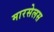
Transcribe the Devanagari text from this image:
मारसेलस